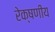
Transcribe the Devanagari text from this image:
रेक्षणीय